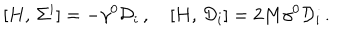
[ H , \, \Sigma ^ { i } ] = - \gamma ^ { 0 } { \cal D } _ { i } \, , \quad [ H , \, { \cal D } _ { i } ] = 2 M \gamma ^ { 0 } { \cal D } _ { i } \, .